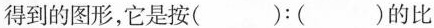
得到的图形，它是按( )：( )的比